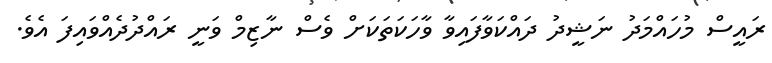
ރައީސް މުހައްމަދު ނަޝީދު ދައްކަވާފައިވާ ވާހަކަތަކަށް ވެސް ނާޒިމް ވަނީ ރައްދުދެއްވައިފަ އެވެ.